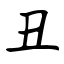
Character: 丑